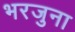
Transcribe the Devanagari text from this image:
भरजुना